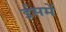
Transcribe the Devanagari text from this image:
ईसमें